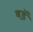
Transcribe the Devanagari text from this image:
बडॅ